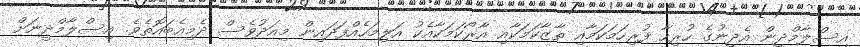
އިސްލާމްދީން އެދީނުގެ ހުރިހާ ފުރިހަމަކަމާއި ތާޒާކަމަކާއި އާރޯކަމަކާއެކު އަލިމަހެއްފަދައިން މިއަދުވެސް ދެމިއެބައޮތެވެ. އިސްލާމްދީނަށް